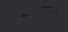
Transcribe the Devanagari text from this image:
आकर्षाणाखातर